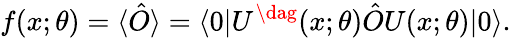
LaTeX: f(x;\theta)=\langle\hat{O}\rangle=\langle 0|U^{\dag}(x;\theta)\hat{O}U(x;\theta)|0\rangle.